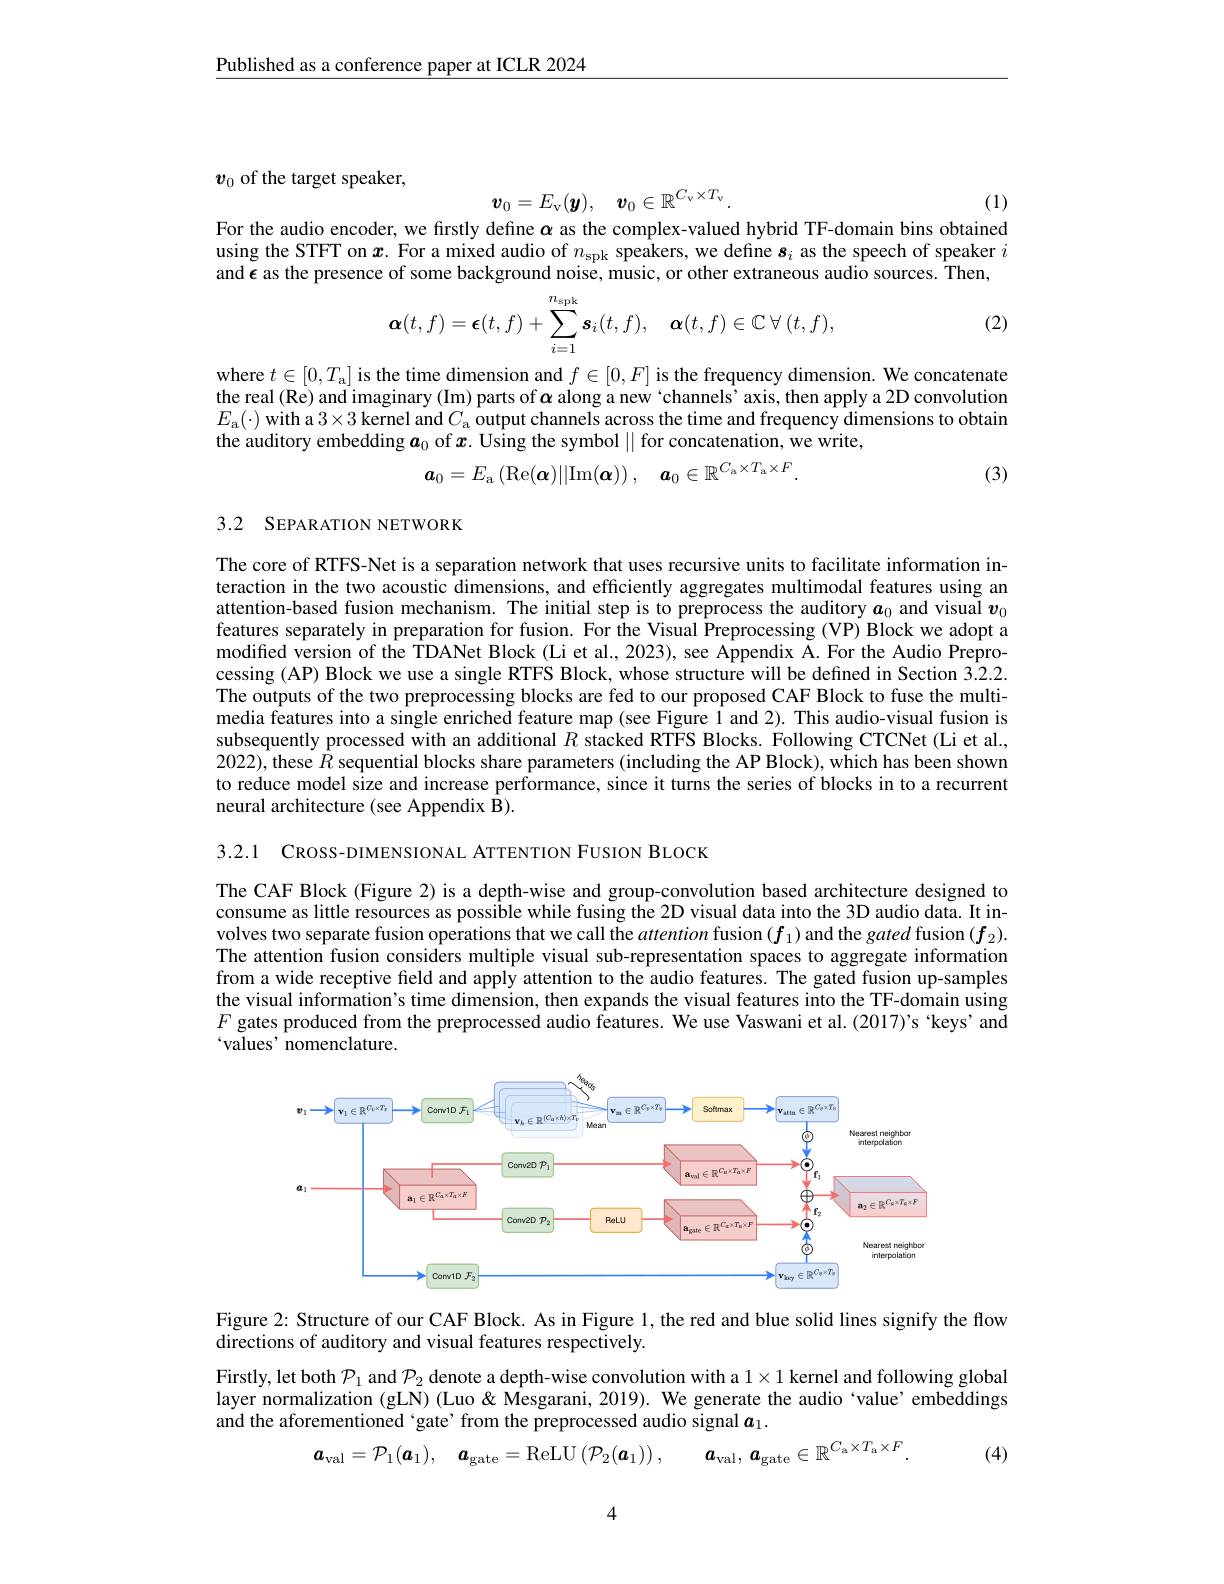
Published as a conference paper at ICLR 2024

$\boldsymbol{v}_0$ of the target speaker,

(1)
$$\boldsymbol{v}_0=E_\mathrm{v}(\boldsymbol{y}),\quad\boldsymbol{v}_0\in\mathbb{R}^{C_\mathrm{v}\times T_\mathrm{v}}.$$
For the audio encoder, we firstly define $\alpha$ as the complex-valued hybrid TF-domain bins obtained using the STFT on $\boldsymbol x.$ For a mixed audio of $n_\mathrm{spk}$ speakers, we define $\boldsymbol{s}_i$ as the speech of speaker $i$ and $\epsilon$ as the presence of some background noise, music, or other extraneous audio sources. Then,

(2)
$$\boldsymbol{\alpha}(t,f)=\boldsymbol{\epsilon}(t,f)+\sum_{i=1}^{n_\mathrm{spk}}\boldsymbol{s}_i(t,f),\quad\boldsymbol{\alpha}(t,f)\in\mathbb{C}\:\forall\:(t,f),$$
where $t\in[0,T_{\mathrm{a}}]$ is the time dimension and $f\in[0,F]$ is the frequency dimension. We concatenate the real (Re) and imaginary (Im) parts of $\boldsymbol{\alpha}$ along a new 'channels' axis, then apply a 2D convolution $E_{\mathrm{a}}(\cdot)$ with a $3\times3$ kernel and $C_\mathrm{a}$ output channels across the time and frequency dimensions to obtain the auditory embedding $\boldsymbol a_0$ of $\boldsymbol{x}.$ Using the symbol || for concatenation, we write,
$$\boldsymbol{a}_0=E_\mathrm{a}\left(\mathrm{Re}(\boldsymbol{\alpha})||\mathrm{Im}(\boldsymbol{\alpha})\right),\quad\boldsymbol{a}_0\in\mathbb{R}^{C_\mathrm{a}\times T_\mathrm{a}\times F}.$$
(3)

## 3.2 SEPARATION NETWORK

The core of RTFS-Net is a separation network that uses recursive units to facilitate information interaction in the two acoustic dimensions, and efficiently aggregates multimodal features using an attention-based fusion mechanism. The initial step is to preprocess the auditory $\boldsymbol{a}_0$ and visual $\boldsymbol{v}_0$ features separately in preparation for fusion. For the Visual Preprocessing (VP) Block we adopt modified version of the TDANet Block (Li et al., 2023), see Appendix A. For the Audio Preprocessing (AP) Block we use a single RTFS Block, whose structure will be defined in Section 3.2.2. The outputs of the two preprocessing blocks are fed to our proposed CAF Block to fuse the multimedia features into a single enriched feature map (see Figure 1 and 2). This audio-visual fusion is subsequently processed with an additional $R$ stacked RTFS Blocks. Following CTCNet (Li et al. 2022), these $\hat{R}$ sequential blocks share parameters (including the AP Block), which has been shown to reduce model size and increase performance, since it turns the series of blocks in to a recurrent neural architecture (see Appendix B).

3.2.1 CROSS-DIMENSIONAL ATTENTION FUSION BLOCK

The CAF Block (Figure 2) is a depth-wise and group-convolution based architecture designed to consume as little resources as possible while fusing the 2D visual data into the 3D audio data. It involves two separate fusion operations that we call the attention fusion $(f_1)$ and the gated fusion $(f_2).$ The attention fusion considers multiple visual sub-representation spaces to aggregate information from a wide receptive field and apply attention to the audio features. The gated fusion up-samples the visual information's time dimension, then expands the visual features into the TF-domain using $F$ gates produced from the preprocessed audio features. We use Vaswani et al. (2017)'s ‘keys’and $`$values' nomenclature.

<FigureHere>

Figure 2: Structure of our CAF Block. As in Figure 1, the red and blue solid lines signify the flow
directions of auditory and visual features respectively.

Firstly, let both $\mathcal{P}_1$ and $\mathcal{P}_2$ denote a depth-wise convolution with a $1\times1$ kernel and following global layer normalization (gLN) (Luo & Mesgarani, 2019). We generate the audio `value'embeddings and the aforementioned ‘gate’ from the preprocessed audio signal $a_1.$
$$\boldsymbol{a}_\mathrm{val}=\mathcal{P}_1(\boldsymbol{a}_1),\quad\boldsymbol{a}_\mathrm{gate}=\mathrm{ReLU}\left(\mathcal{P}_2(\boldsymbol{a}_1)\right),\quad\boldsymbol{a}_\mathrm{val},\:\boldsymbol{a}_\mathrm{gate}\in\mathbb{R}^{C_\mathrm{a}\times T_\mathrm{a}\times F}.$$
(4)

4